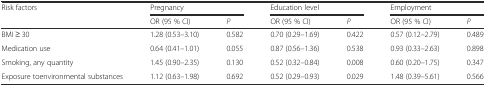
<table><thead><tr><td><b>Risk factors</b></td><td colspan="2"><b>Pregnancy</b></td><td colspan="2"><b>Education level</b></td><td colspan="2"><b>Employment</b></td></tr><tr><td></td><td><b>OR (95 % CI)</b></td><td><b><i>P</i></b></td><td><b>OR (95 % CI)</b></td><td><b><i>P</i></b></td><td><b>OR (95 % CI)</b></td><td><b><i>P</i></b></td></tr></thead><tbody><tr><td>BMI ≥ 30</td><td>1.28 (0.53–3.10)</td><td>0.582</td><td>0.70 (0.29–1.69)</td><td>0.422</td><td>0.57 (0.12–2.79)</td><td>0.489</td></tr><tr><td>Medication use</td><td>0.64 (0.41–1.01)</td><td>0.055</td><td>0.87 (0.56–1.36)</td><td>0.538</td><td>0.93 (0.33–2.63)</td><td>0.898</td></tr><tr><td>Smoking, any quantity</td><td>1.45 (0.90–2.35)</td><td>0.130</td><td>0.52 (0.32–0.84)</td><td>0.008</td><td>0.60 (0.20–1.75)</td><td>0.347</td></tr><tr><td>Exposure toenvironmental substances</td><td>1.12 (0.63–1.98)</td><td>0.692</td><td>0.52 (0.29–0.93)</td><td>0.029</td><td>1.48 (0.39–5.61)</td><td>0.566</td></tr></tbody></table>